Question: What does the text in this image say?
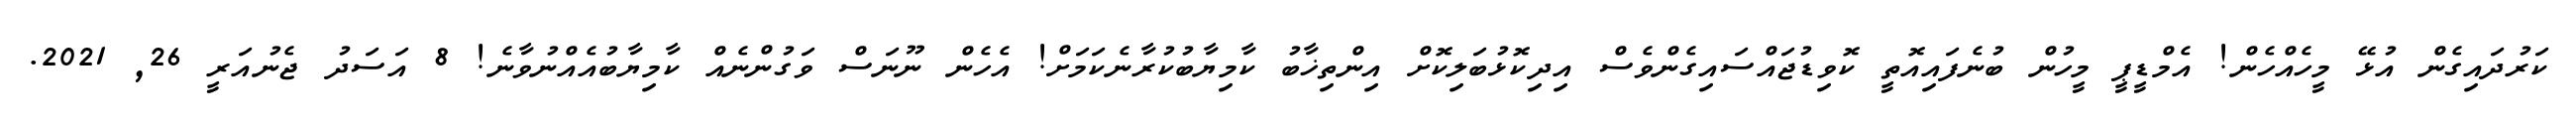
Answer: ކަރުދައިގެން އުޅޭ މީހެއްހެން! އެމްޑީޕީ މީހުން ބުނެފައިއޮތީ ކޮވިޑުޖައްސައިގެންވެސް އިދިކޮޅުބަލިކޮށް އިންތިޚާބު ކާމިޔާބުކުރާނެކަމަށް! އެހެން ނޫނަސް ވަގުންނެއް ކާމިޔާބުއެއްނުވާނެ! 8 އަސަދު ޖެނުއަރީ 26, 2021.